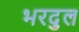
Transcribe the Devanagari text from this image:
भरदुल